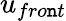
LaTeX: u_{fro\mathtt{n}t}